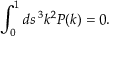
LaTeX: \int _ { 0 } ^ { 1 } d s \, \l ^ { 3 } k ^ { 2 } P ( \l k ) = 0 .